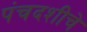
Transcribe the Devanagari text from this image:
पंचदशीचे